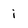
Character: i